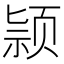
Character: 颕